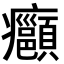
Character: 𭼺